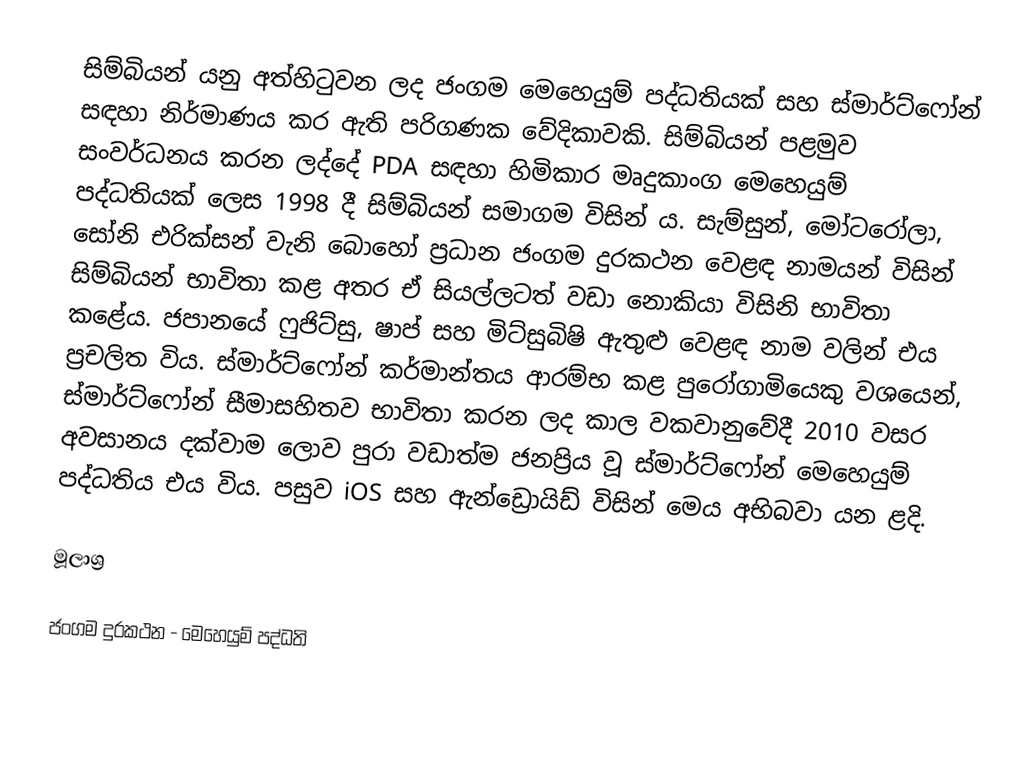
සිම්බියන් යනු අත්හිටුවන ලද ජංගම මෙහෙයුම් පද්ධතියක් සහ ස්මාර්ට්ෆෝන් සඳහා නිර්මාණය කර ඇති පරිගණක වේදිකාවකි. සිම්බියන් පළමුව සංවර්ධනය කරන ලද්දේ PDA සඳහා හිමිකාර මෘදුකාංග මෙහෙයුම් පද්ධතියක් ලෙස 1998 දී සිම්බියන් සමාගම විසින් ය. සැම්සුන්, මෝටරෝලා, සෝනි එරික්සන් වැනි බොහෝ ප්‍රධාන ජංගම දුරකථන වෙළඳ නාමයන් විසින් සිම්බියන් භාවිතා කළ අතර ඒ සියල්ලටත් වඩා නොකියා විසිනි භාවිතා කළේය. ජපානයේ ෆුජිට්සු, ෂාප් සහ මිට්සුබිෂි ඇතුළු වෙළඳ නාම වලින් එය ප්‍රචලිත විය. ස්මාර්ට්ෆෝන් කර්මාන්තය ආරම්භ කළ පුරෝගාමියෙකු වශයෙන්, ස්මාර්ට්ෆෝන් සීමාසහිතව භාවිතා කරන ලද කාල වකවානුවේදී 2010 වසර අවසානය දක්වාම ලොව පුරා වඩාත්ම ජනප්‍රිය වූ ස්මාර්ට්ෆෝන් මෙහෙයුම් පද්ධතිය එය විය. පසුව iOS සහ ඇන්ඩ්‍රොයිඩ් විසින් මෙය අභිබවා යන ළදි.

මූලාශ්‍ර

ජංගම දුරකථන - මෙහෙයුම් පද්ධති